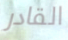
القادر